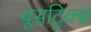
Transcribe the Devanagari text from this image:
बूसट्रिक्स